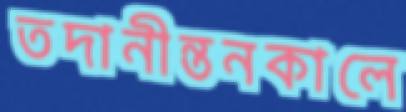
তদানীন্তনকালে